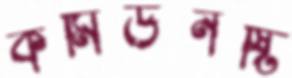
কমিউনষ্টি